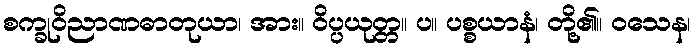
စက္ခုဝိညာဏဓာတုယာ၊ အား။ ဝိပ္ပယုတ္တ။ ပ။ ပစ္စယာနံ၊ တို့၏။ ဝသေန၊